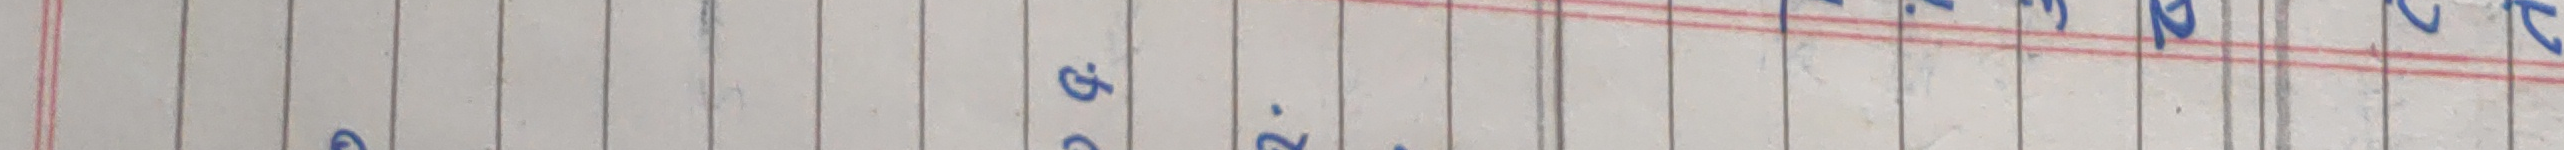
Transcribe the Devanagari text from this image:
६.२